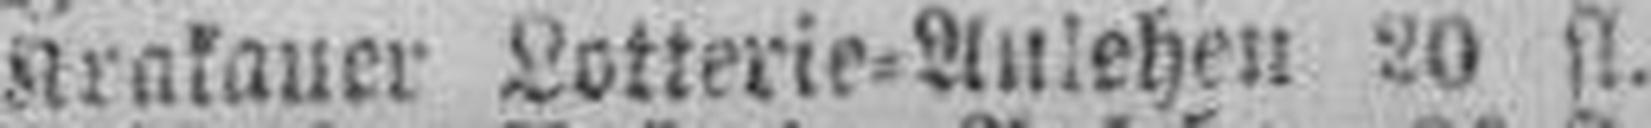
Krakauer Lotterie=AnIehen 20 fl.